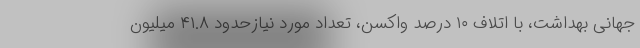
جهانی بهداشت، با اتلاف ۱۰ درصد واکسن، تعداد مورد نیازحدود ۴۱.۸ میلیون